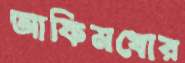
আফিমখোর